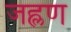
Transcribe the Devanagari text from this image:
जह्लण